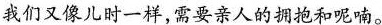
我们又像儿时一样，需要亲人的拥抱和呢喃。